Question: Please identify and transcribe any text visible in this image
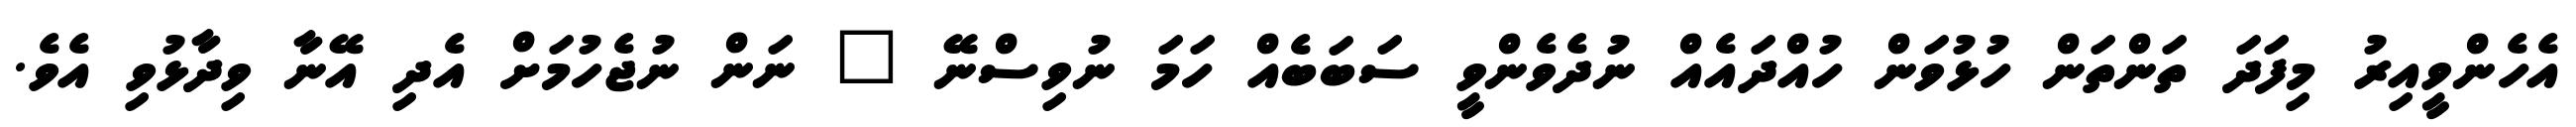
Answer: އެހެންވީއިރު މިފަދަ ތަންތަން ހުޅުވަން ހުއްދައެއް ނުދެވެންވީ ސަބަބެއް ހަމަ ނުވިސްނޭ " ނަން ނުޖެހުމަށް އެދި އޭނާ ވިދާޅުވި އެވެ.